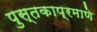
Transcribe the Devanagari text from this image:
पुस्तकाप्रमाणे